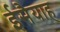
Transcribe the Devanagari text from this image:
ईसैयाह